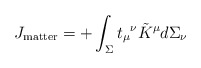
\begin{align*}J_{\rm matter} = + \int_\Sigma t_\mu{}^\nu \tilde K^\mu d\Sigma_\nu\end{align*}